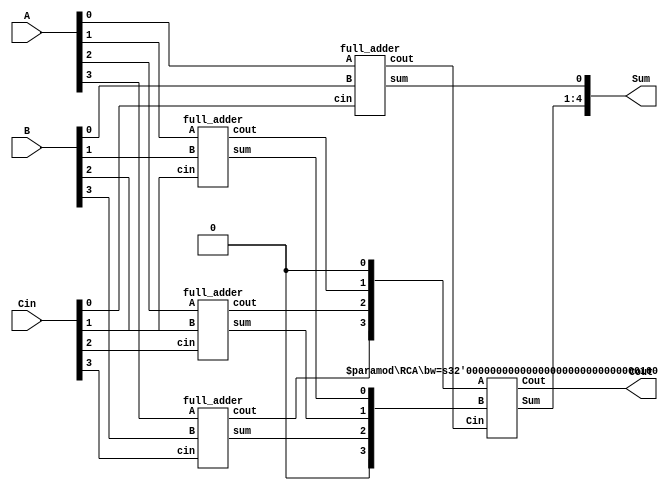
`timescale 1ns / 1ps
//////////////////////////////////////////////////////////////////////////////////
// Company: 
// Engineer: 
// 
// Design Name: 
// Module Name:    CSA 
// Project Name: 
// Target Devices: 
// Tool versions: 
// Description: 
//
// Dependencies: 
//
// Revision: 
// Revision 0.01 - File Created
// Additional Comments: 
//
//////////////////////////////////////////////////////////////////////////////////
module CSA #(parameter bw = 4)(A, B, Cin, Sum, Cout);
	input [bw-1:0] A, B, Cin;
	output [bw:0] Sum;
	output Cout;

	wire [bw-1:0] S0;
	wire [bw-1:0] C0;
	
	genvar i;
	generate
		for(i=0; i<bw; i=i+1) begin : loop_1
			full_adder fa0(.A(A[i]), .B(B[i]), .cin(Cin[i]), .sum(S0[i]), .cout(C0[i]));
		end
		
	endgenerate
	assign Sum[0] = S0[0];

	RCA #(.bw(4)) r0(.A({C0[bw-1:1], 1'b0}), .B({1'b0,S0[bw-1:1]}), .Cin(C0[0]), .Sum(Sum[bw:1]), .Cout(Cout));

endmodule 

module RCA #(parameter bw = 4)(A, B, Cin, Sum, Cout);
	//can be subsitude with other adder to recude delay
	input [bw:1] A;
	input [bw:1] B;
	input Cin;
	output [bw:1] Sum;
	output Cout;
	
	wire [bw:0] G;
	wire [bw:0] P;
	wire [bw:0] GG;
	
	assign G[0] = Cin;
	assign P[0] = 0;
	assign G[bw:1] = A & B;
	assign P[bw:1] = A ^ B;
	
	assign GG[0] = G[0];
	G_Cell U0(G[0], G[1], P[1], GG[1]);
	
	genvar i;
	generate
		for(i=1; i<=bw; i=i+1) begin: loop_1
			if(i<bw)
				G_Cell U1(GG[i], G[i+1], P[i+1], GG[i+1]);
			assign Sum[i] = P[i] ^ GG[i-1];
		end
	endgenerate
	
	assign Cout = GG[bw];
	
endmodule

module G_Cell(G0, G1, P1, GG);
	input G0;
	input G1;
	input P1;
	output GG;
	
	assign GG = G1 | (P1 & G0);
endmodule

module full_adder(
	A,B,cin,
	sum,cout);
	
	input A,B,cin;
	output sum, cout;
	
	assign sum = A ^ B ^ cin;
	assign cout = (A&B) | (B&cin)|(A&cin);
	
endmodule